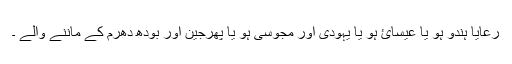
رعایا ہندو ہو یا عیسائ ہو یا یہودی اور مجوسی ہو یا پھرجین اور بودھ دھرم کے ماننے والے ۔